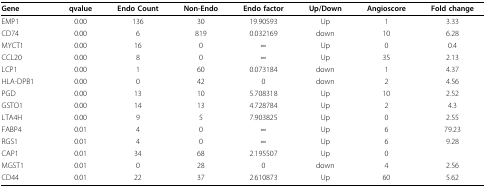
<table><thead><tr><td><b>Gene</b></td><td><b>qvalue</b></td><td><b>Endo Count</b></td><td><b>Non-Endo</b></td><td><b>Endo factor</b></td><td><b>Up/Down</b></td><td><b>Angioscore</b></td><td><b>Fold change</b></td></tr></thead><tbody><tr><td>EMP1</td><td>0.00</td><td>136</td><td>30</td><td>19.90593</td><td>Up</td><td>1</td><td>3.33</td></tr><tr><td>CD74</td><td>0.00</td><td>6</td><td>819</td><td>0.032169</td><td>down</td><td>10</td><td>6.28</td></tr><tr><td>MYCT1</td><td>0.00</td><td>16</td><td>0</td><td>∞</td><td>Up</td><td>0</td><td>0.4</td></tr><tr><td>CCL20</td><td>0.00</td><td>8</td><td>0</td><td>∞</td><td>Up</td><td>35</td><td>2.13</td></tr><tr><td>LCP1</td><td>0.00</td><td>1</td><td>60</td><td>0.073184</td><td>down</td><td>1</td><td>4.37</td></tr><tr><td>HLA-DPB1</td><td>0.00</td><td>0</td><td>42</td><td>0</td><td>down</td><td>2</td><td>4.56</td></tr><tr><td>PGD</td><td>0.00</td><td>13</td><td>10</td><td>5.708318</td><td>Up</td><td>10</td><td>2.52</td></tr><tr><td>GSTO1</td><td>0.00</td><td>14</td><td>13</td><td>4.728784</td><td>Up</td><td>2</td><td>4.3</td></tr><tr><td>LTA4H</td><td>0.00</td><td>9</td><td>5</td><td>7.903825</td><td>Up</td><td>0</td><td>2.55</td></tr><tr><td>FABP4</td><td>0.01</td><td>4</td><td>0</td><td>∞</td><td>Up</td><td>6</td><td>79.23</td></tr><tr><td>RGS1</td><td>0.01</td><td>4</td><td>0</td><td>∞</td><td>Up</td><td>6</td><td>9.28</td></tr><tr><td>CAP1</td><td>0.01</td><td>34</td><td>68</td><td>2.195507</td><td>Up</td><td>0</td><td></td></tr><tr><td>MGST1</td><td>0.01</td><td>0</td><td>28</td><td>0</td><td>down</td><td>4</td><td>2.56</td></tr><tr><td>CD44</td><td>0.01</td><td>22</td><td>37</td><td>2.610873</td><td>Up</td><td>60</td><td>5.62</td></tr></tbody></table>